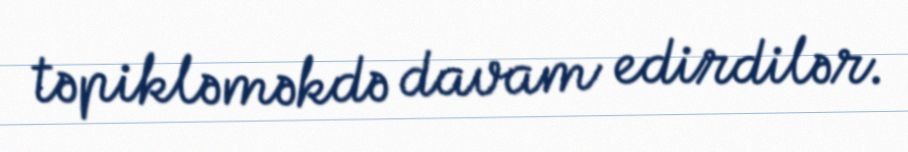
təpikləməkdə davam edirdilər.